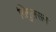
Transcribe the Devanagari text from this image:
सिगुलसन